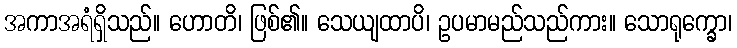
အကာအရံရှိသည်။ ဟောတိ၊ ဖြစ်၏။ သေယျထာပိ၊ ဥပမာမည်သည်ကား။ သောရုက္ခော၊